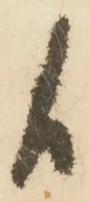
候